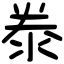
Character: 𣳾